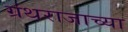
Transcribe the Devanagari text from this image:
ग्रंथराजाच्या